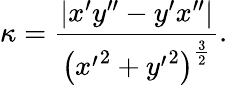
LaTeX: \kappa={\frac{|x^{\prime}y^{\prime\prime}-y^{\prime}x^{\prime\prime}|}{\left({x^{\prime}}^{2}+{y^{\prime}}^{2}\right)^{\frac{3}{2}}}}.